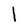
Character: l